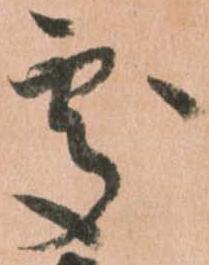
處